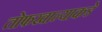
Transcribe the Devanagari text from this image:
तोफखान्याकडे